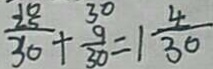
\frac { 2 5 } { 3 0 } + \frac { 9 } { 3 0 } = 1 \frac { 4 } { 3 0 }